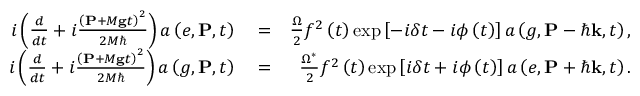
\begin{array} { r l r } { i \left( \frac { d } { d t } + i \frac { \left( \mathbf { P } + M \mathbf { g } t \right) ^ { 2 } } { 2 M \hbar } \right) a \left( e , \mathbf { P } , t \right) } & { { } = } & { \frac { \Omega } { 2 } f ^ { 2 } \left( t \right) \exp \left[ - i \delta t - i \phi \left( t \right) \right] a \left( g , \mathbf { P } - \hbar \mathbf { k } , t \right) , } \\ { i \left( \frac { d } { d t } + i \frac { \left( \mathbf { P } + M \mathbf { g } t \right) ^ { 2 } } { 2 M \hbar } \right) a \left( g , \mathbf { P } , t \right) } & { { } = } & { \frac { \Omega ^ { \ast } } { 2 } f ^ { 2 } \left( t \right) \exp \left[ i \delta t + i \phi \left( t \right) \right] a \left( e , \mathbf { P } + \hbar \mathbf { k } , t \right) . } \end{array}